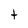
Character: t